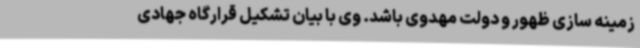
زمینه سازی ظهور و دولت مهدوی باشد. وی با بیان تشکیل قرارگاه جهادی